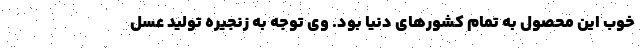
خوب این محصول به تمام کشورهای دنیا بود. وی توجه به زنجیره تولید عسل